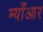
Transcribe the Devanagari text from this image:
म्याँआर